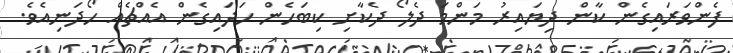
ފެންވަރައިގެން ކާން ދިޔައިރު މަންމަ ދެލޯ ދެކާށި ކިބަހެން ހަދައިގެން އެއްޗެއް ހޯދަނިއެވެ.